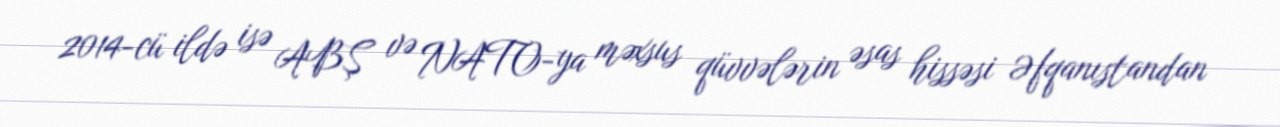
2014-cü ildə isə ABŞ və NATO-ya məxsus qüvvələrin əsas hissəsi Əfqanıstandan